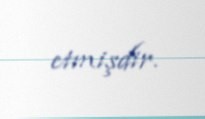
etmişdir.